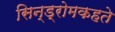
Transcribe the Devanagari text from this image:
सिन्ड्रोमकहते